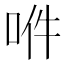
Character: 𠲟